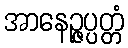
အာနေဉ္ဇပ္ပတ္တံ